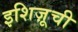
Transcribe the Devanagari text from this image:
इशिज़ूची